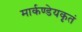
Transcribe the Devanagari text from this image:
मार्कण्डेयकृतं